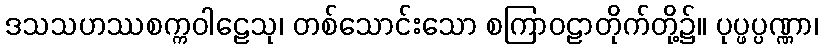
ဒသသဟဿစက္ကဝါဠေသု၊ တစ်သောင်းသော စကြာဝဠာတိုက်တို့၌။ ပုပ္ဖပ္ပဏ္ဏာ၊